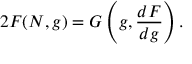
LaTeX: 2 F ( N , g ) = G \left( g , \frac { d F } { d g } \right) .